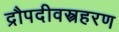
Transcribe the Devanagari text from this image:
द्रौपदीवस्त्रहरण